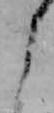
よ